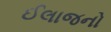
ઈલાજનો